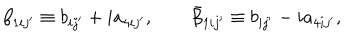
\beta _ { 1 i j ^ { \prime } } \equiv b _ { i j ^ { \prime } } + i a _ { 4 i j ^ { \prime } } , \qquad \bar { \beta } _ { 1 i j ^ { \prime } } \equiv b _ { i j ^ { \prime } } - i a _ { 4 i j ^ { \prime } } ,